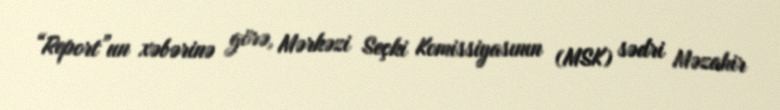
“Report”un xəbərinə görə, Mərkəzi Seçki Komissiyasının (MSK) sədri Məzahir